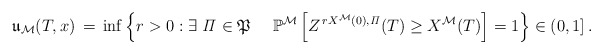
\begin{align*}\mathfrak{u}_{\mathcal{M}}(T, x) \,= \,\inf \left\{r >0 : \exists\ {\it \Pi} \in \mathfrak{P}\ \ \ \ \mathbb{P}^{\mathcal{M}} \left[Z^{\,rX^{\mathcal{M}}(0),{\it \Pi}}(T) \ge X^{\mathcal{M}}(T) \right]= 1\right\} \in ( 0,1]\,.\end{align*}